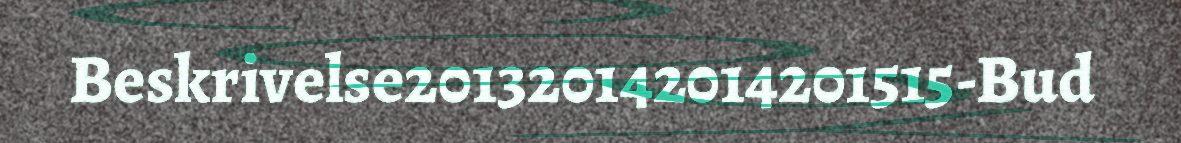
Beskrivelse201320142014201515-Bud